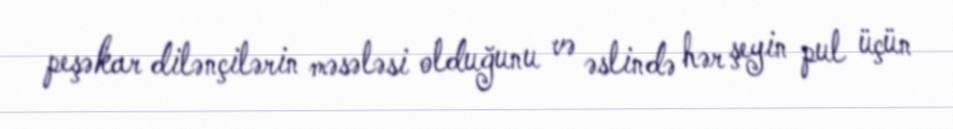
peşəkar dilənçilərin məsələsi olduğunu və əslində hər şeyin pul üçün